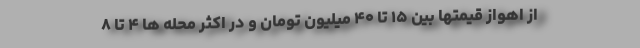
از اهواز قیمتها بین ۱۵ تا ۴۰ میلیون تومان و در اکثر محله ها ۴ تا ۸